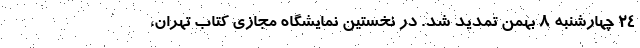
۲۴ چهارشنبه ۸ بهمن تمدید شد. در نخستین نمایشگاه مجازی کتاب تهران،